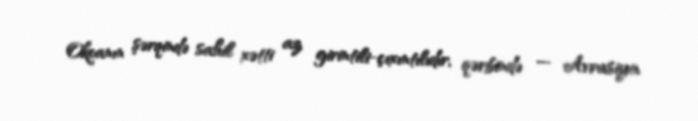
Okeanın şərqində sahil xətti az girintili-çıxıntılıdır, qərbində — Avrasiya